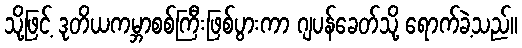
သို့ဖြင့် ဒုတိယကမ္ဘာစစ်ကြီးဖြစ်ပွားကာ ဂျပန်ခေတ်သို့ ရောက်ခဲ့သည်။